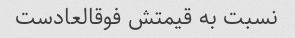
نسبت به قیمتش فوقالعادست